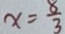
x = \frac { 8 } { 3 }